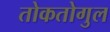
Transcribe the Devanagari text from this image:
तोकतोगुल